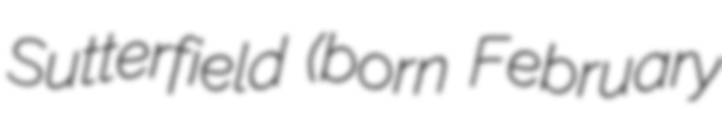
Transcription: Sutterfield (born February